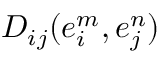
D _ { i j } ( e _ { i } ^ { m } , e _ { j } ^ { n } )